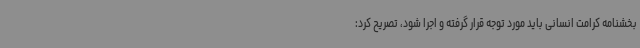
بخشنامه کرامت انسانی باید مورد توجه قرار گرفته و اجرا شود، تصریح کرد: